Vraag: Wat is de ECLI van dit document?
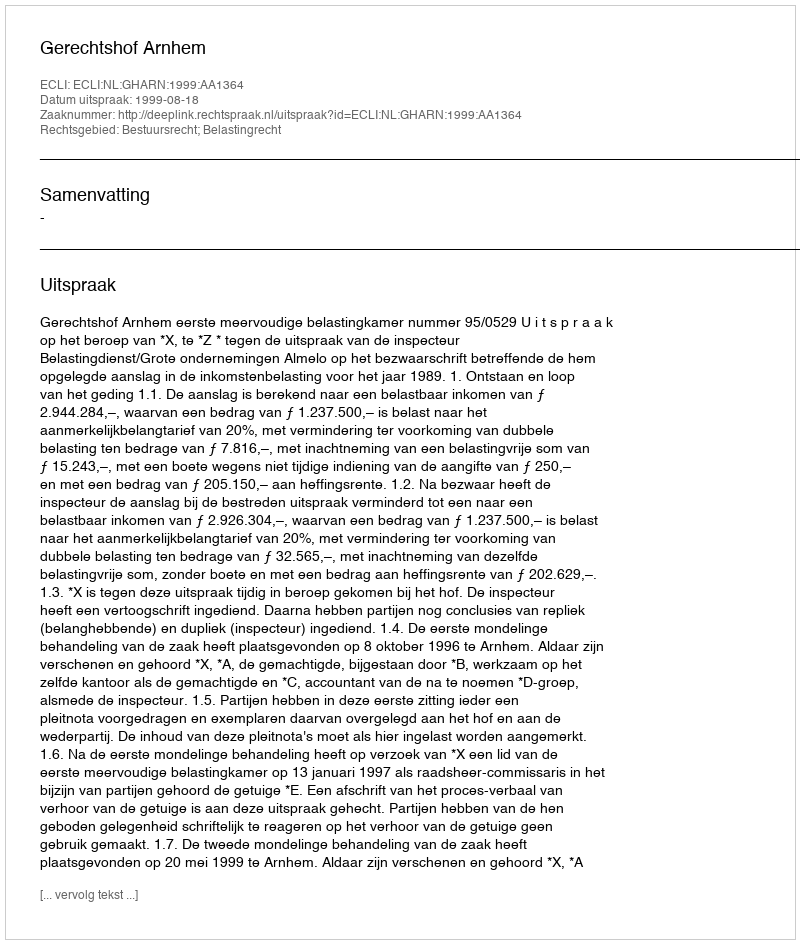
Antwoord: ECLI:NL:GHARN:1999:AA1364